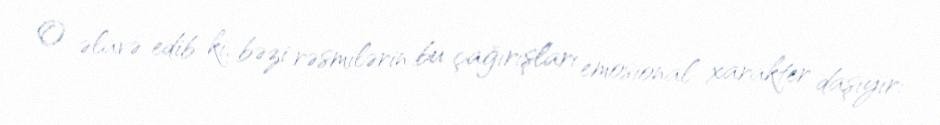
O əlavə edib ki, bəzi rəsmilərin bu çağırışları emosional xarakter daşıyır: